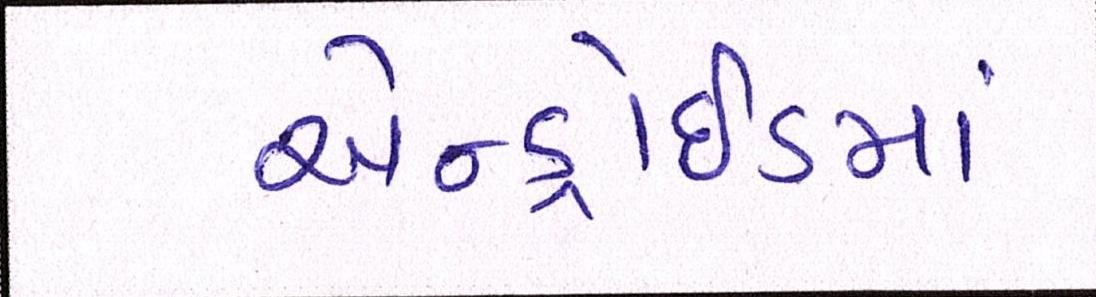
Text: એન્ડ્રોઇડમાં